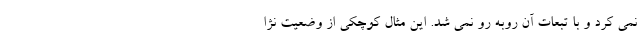
نمی کرد و با تبعات آن روبه رو نمی شد. این مثال کوچکی از وضعیت نژا